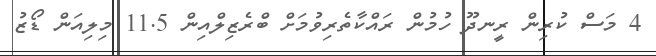
4 މަސް ކުރިން ރީނދޫ ހުމުން ރައްކާތެރިވުމަށް ބްރެޒިލްއިން 11.5 މިލިއަން ޑޯޒު